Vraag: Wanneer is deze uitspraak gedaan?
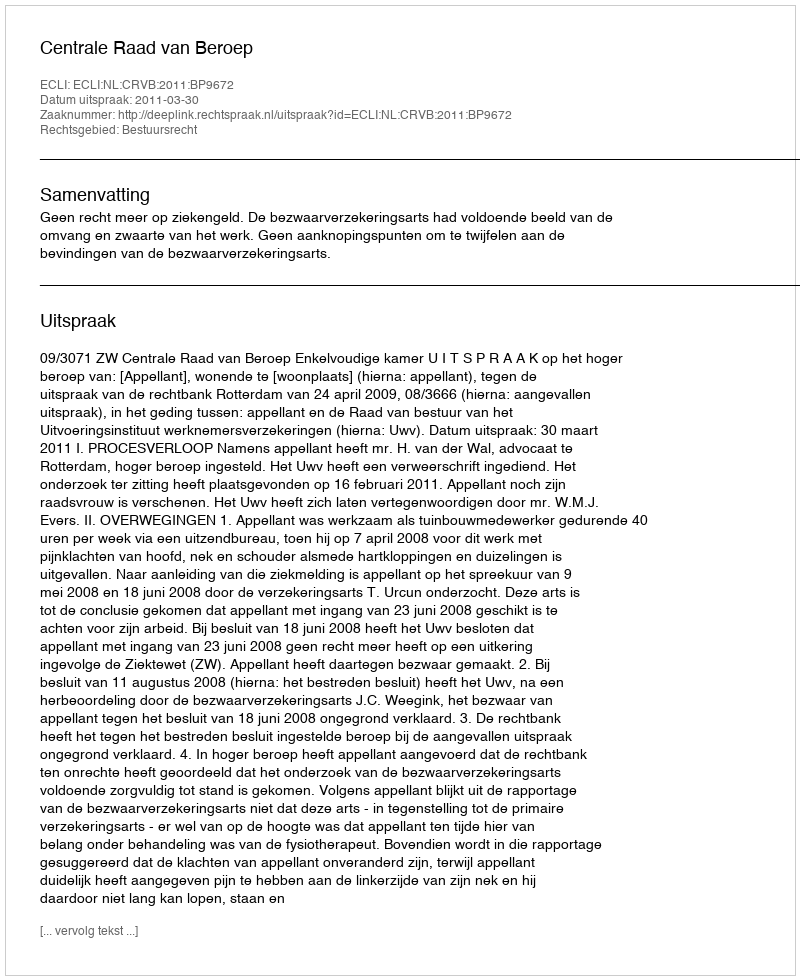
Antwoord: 2011-03-30